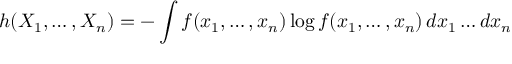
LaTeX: h ( X _ { 1 } , \ldots , X _ { n } ) = - \int f ( x _ { 1 } , \ldots , x _ { n } ) \log f ( x _ { 1 } , \ldots , x _ { n } ) \, d x _ { 1 } \ldots d x _ { n }